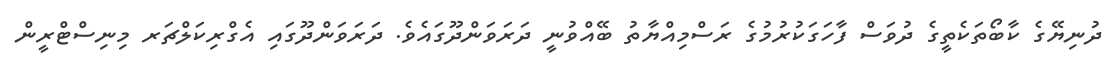
ދުނިޔޭގެ ކާބޯތަކެތީގެ ދުވަސް ފާހަގަކުރުމުގެ ރަސްމިއްޔާތު ބޭއްވުނީ ދަރަވަންދޫގައެވެ. ދަރަވަންދޫގައި އެގްރިކަލްޗަރ މިނިސްޓްރީން